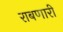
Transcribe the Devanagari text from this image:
राबणारी